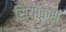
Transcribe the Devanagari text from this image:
सियॉक्स